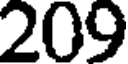
209